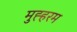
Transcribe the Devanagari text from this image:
मुह्हरम